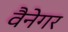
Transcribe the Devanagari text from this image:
वैनेगर